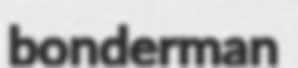
bonderman